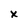
Character: x